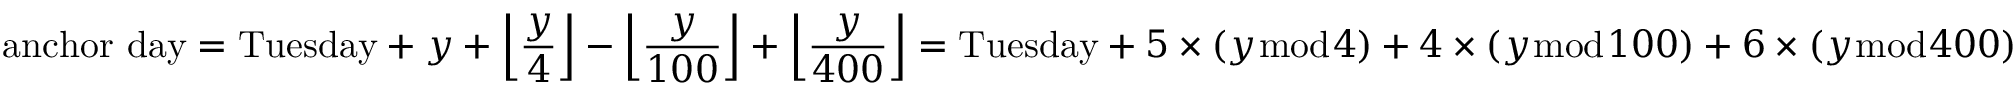
{ \mathrm { a n c h o r ~ d a y } } = { \mathrm { T u e s d a y } } + y + \left\lfloor { \frac { y } { 4 } } \right\rfloor - \left\lfloor { \frac { y } { 1 0 0 } } \right\rfloor + \left\lfloor { \frac { y } { 4 0 0 } } \right\rfloor = { \mathrm { T u e s d a y } } + 5 \times ( y { \bmod { 4 } } ) + 4 \times ( y { \bmod { 1 } } 0 0 ) + 6 \times ( y { \bmod { 4 } } 0 0 )